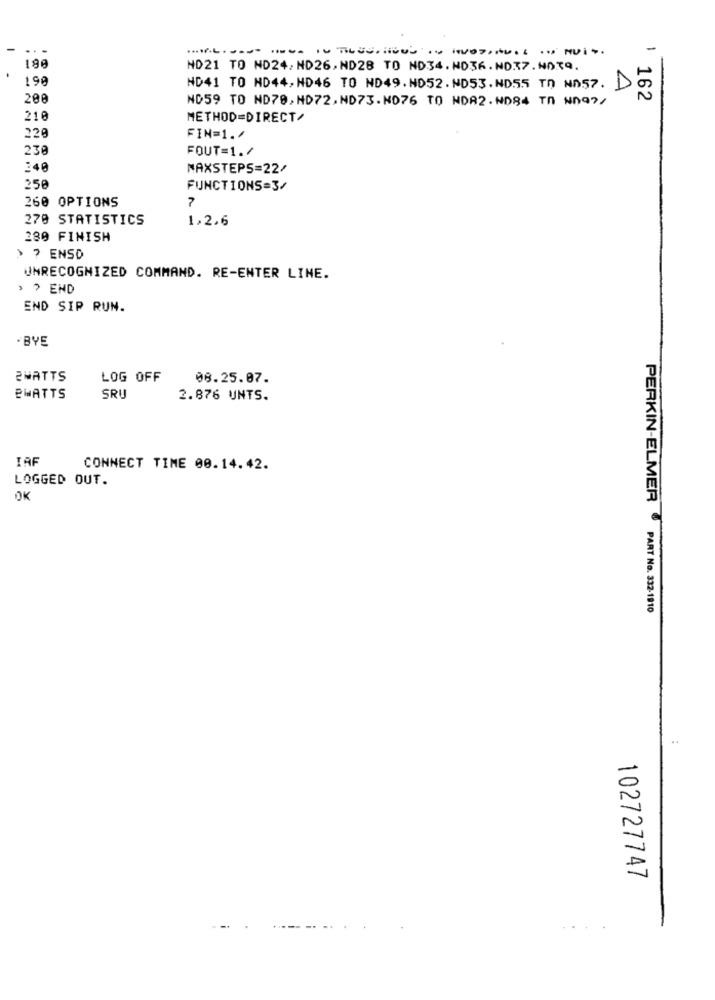
-
1
190
NO21 TO ND24.ND26.ND28 TO ND34.NO36.NO37.NO39.
190
ND41 TO ND44, HD46 TO ND49. NO52.ND53.ND5.5 TD ND57. D
200
NO59 TO ND70,HD72.ND73.NO76 TO NDA2.NO84 TA Nn97/
162
210
METHOD=DIRECT/
220
FIN=1./
230
FOUT=1./
240
MAXSTEPS=22/
250
FUNCTIONS=3/
260 OPTIONS
7
270 STATISTICS
1,2,6
280 FINISH
> > ENSD
UNRECOGNIZED COMMAND. RE-ENTER LINE.
, 7 END
END SIP RUN.
·BYE
2WATTS
LOG OFF
08.25.07.
BWATTS
SRU
2.876 UNTS.
IAF
CONNECT TIME 00.14.42.
LOGGED OUT.
OK
PERKIN-ELMER
PART No. 332-1810
102727747